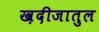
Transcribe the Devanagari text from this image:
ख़दीजातुल